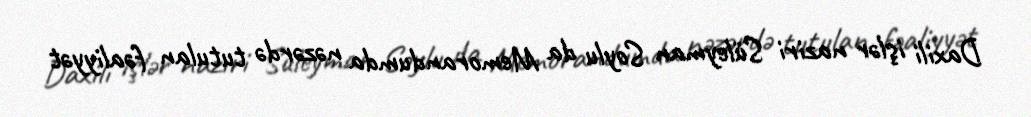
Daxili işlər naziri Süleyman Soylu da Memorandumda nəzərdə tutulan fəaliyyət